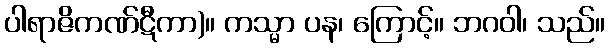
ပါရာဇိကဏ်ဋီကာ)။ ကသ္မာ ပန၊ ကြောင့်။ ဘဂဝါ၊ သည်။